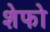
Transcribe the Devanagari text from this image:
शेफो